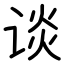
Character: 谈